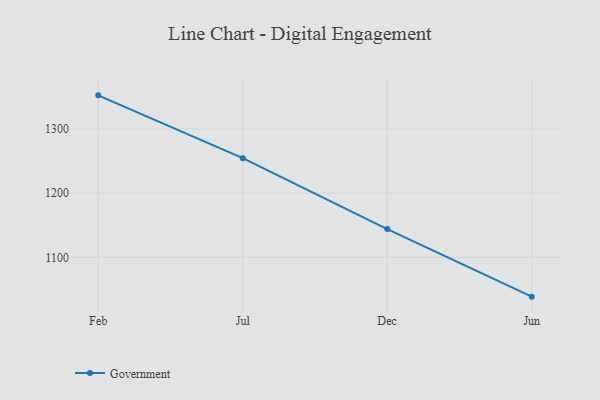
{"axis": {"x": "Month", "y": "Shipments"}, "legend": ["Government"], "data": [{"x": "Feb", "y": 1352.4, "type": "Government"}, {"x": "Jul", "y": 1254.5, "type": "Government"}, {"x": "Dec", "y": 1144.0, "type": "Government"}, {"x": "Jun", "y": 1038.7, "type": "Government"}]}